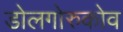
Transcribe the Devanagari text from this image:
डोलगोरुकोव